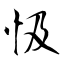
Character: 忣